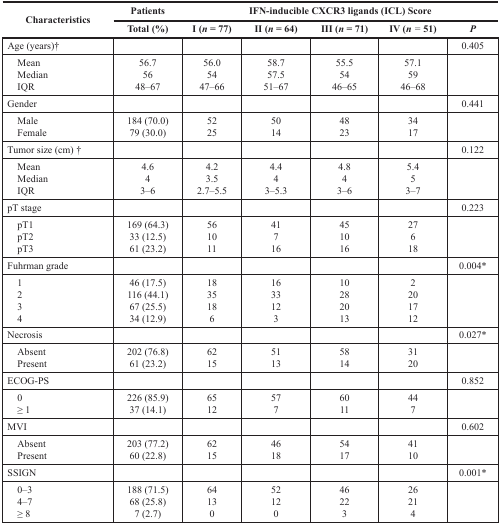
<table><thead><tr><td rowspan="2"><b>Characteristics</b></td><td><b>Patients</b></td><td colspan="5"><b>IFN-inducible CXCR3 ligands (ICL) Score</b></td></tr><tr><td><b>Total (%)</b></td><td><b>I (<i>n</i> = 77)</b></td><td><b>II (<i>n</i> = 64)</b></td><td><b>III (<i>n</i> = 71)</b></td><td><b>IV (<i>n</i> = 51)</b></td><td><b><i>P</i></b></td></tr></thead><tbody><tr><td>Age (years)†</td><td></td><td></td><td></td><td></td><td></td><td>0.405</td></tr><tr><td> Mean</td><td>56.7</td><td>56.0</td><td>58.7</td><td>55.5</td><td>57.1</td><td></td></tr><tr><td> Median</td><td>56</td><td>54</td><td>57.5</td><td>54</td><td>59</td><td></td></tr><tr><td> IQR</td><td>48–67</td><td>47–66</td><td>51–67</td><td>46–65</td><td>46–68</td><td></td></tr><tr><td>Gender</td><td></td><td></td><td></td><td></td><td></td><td>0.441</td></tr><tr><td> Male</td><td>184 (70.0)</td><td>52</td><td>50</td><td>48</td><td>34</td><td></td></tr><tr><td> Female</td><td>79 (30.0)</td><td>25</td><td>14</td><td>23</td><td>17</td><td></td></tr><tr><td>Tumor size (cm) †</td><td></td><td></td><td></td><td></td><td></td><td>0.122</td></tr><tr><td> Mean</td><td>4.6</td><td>4.2</td><td>4.4</td><td>4.8</td><td>5.4</td><td></td></tr><tr><td> Median</td><td>4</td><td>3.5</td><td>4</td><td>4</td><td>5</td><td></td></tr><tr><td> IQR</td><td>3–6</td><td>2.7–5.5</td><td>3–5.3</td><td>3–6</td><td>3–7</td><td></td></tr><tr><td>pT stage</td><td></td><td></td><td></td><td></td><td></td><td>0.223</td></tr><tr><td> pT1</td><td>169 (17.5)</td><td>56</td><td>41</td><td>45</td><td>27</td><td></td></tr><tr><td> pT2</td><td>33 (12.5)</td><td>10</td><td>7</td><td>10</td><td>6</td><td></td></tr><tr><td> pT3</td><td>61 (23.2)</td><td>11</td><td>16</td><td>16</td><td>18</td><td></td></tr><tr><td>Fuhrman grade</td><td></td><td></td><td></td><td></td><td></td><td>0.004*</td></tr><tr><td> 1</td><td>46 (17.5)</td><td>18</td><td>16</td><td>10</td><td>2</td><td></td></tr><tr><td> 2</td><td>116 (44.1)</td><td>35</td><td>33</td><td>28</td><td>20</td><td></td></tr><tr><td> 3</td><td>67 (25.5)</td><td>18</td><td>12</td><td>20</td><td>17</td><td></td></tr><tr><td> 4</td><td>34 (12.9)</td><td>6</td><td>3</td><td>13</td><td>12</td><td></td></tr><tr><td>Necrosis</td><td></td><td></td><td></td><td></td><td></td><td>0.027*</td></tr><tr><td> Absent</td><td>202 (76.8)</td><td>62</td><td>51</td><td>58</td><td>31</td><td></td></tr><tr><td> Present</td><td>61 (23.2)</td><td>15</td><td>13</td><td>14</td><td>20</td><td></td></tr><tr><td>ECOG-PS</td><td></td><td></td><td></td><td></td><td></td><td>0.852</td></tr><tr><td> 0</td><td>226 (85.9)</td><td>65</td><td>57</td><td>60</td><td>44</td><td></td></tr><tr><td> ≥ 1</td><td>37 (14.1)</td><td>12</td><td>7</td><td>11</td><td>7</td><td></td></tr><tr><td>MVI</td><td></td><td></td><td></td><td></td><td></td><td>0.602</td></tr><tr><td> Absent</td><td>203 (77.2)</td><td>62</td><td>46</td><td>54</td><td>41</td><td></td></tr><tr><td> Present</td><td>60 (22.8)</td><td>15</td><td>18</td><td>17</td><td>10</td><td></td></tr><tr><td>SSIGN</td><td></td><td></td><td></td><td></td><td></td><td>0.001*</td></tr><tr><td> 0–3</td><td>188 (71.5)</td><td>64</td><td>52</td><td>46</td><td>26</td><td></td></tr><tr><td> 4–7</td><td>68 (25.8)</td><td>13</td><td>12</td><td>22</td><td>21</td><td></td></tr><tr><td> ≥ 8</td><td>7 (2.7)</td><td>0</td><td>0</td><td>3</td><td>4</td><td></td></tr></tbody></table>